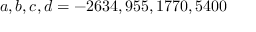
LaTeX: a , b , c , d = - 2 6 3 4 , 9 5 5 , 1 7 7 0 , 5 4 0 0